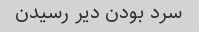
سرد بودن دیر رسیدن